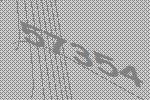
57354